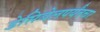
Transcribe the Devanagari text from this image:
डेसिबेलपर्यंतचा